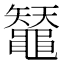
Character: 𪓳